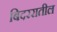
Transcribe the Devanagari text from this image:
बिदररातील